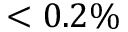
< 0 . 2 \%